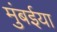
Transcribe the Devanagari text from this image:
मुंबईया